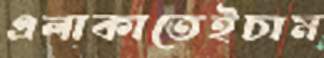
এলাকাতেইচাম